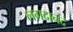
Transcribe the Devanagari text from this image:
लगदानंद